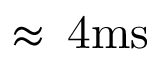
\approx \, \mathrm { 4 m s }